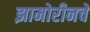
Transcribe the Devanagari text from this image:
झामोरीनचे